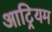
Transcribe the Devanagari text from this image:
आट्रियम